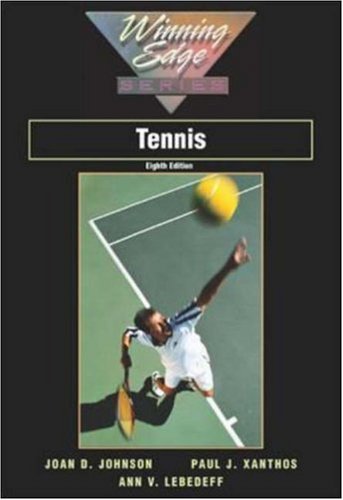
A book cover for Tennis; Joan Johnson; Sports & Outdoors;